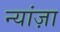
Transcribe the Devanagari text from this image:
न्यांज़ा